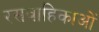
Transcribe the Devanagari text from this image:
रसवाहिकाओं